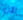
الآن